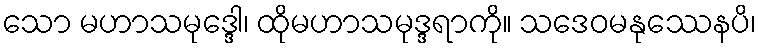
သော မဟာသမုဒ္ဒေါ၊ ထိုမဟာသမုဒ္ဒရာကို။ သဒေဝမနုဿေနပိ၊